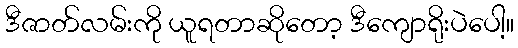
ဒီဇာတ်လမ်းကို ယူရတာဆိုတော့ ဒီကျောရိုးပဲပေါ့။